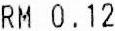
RM 0.12